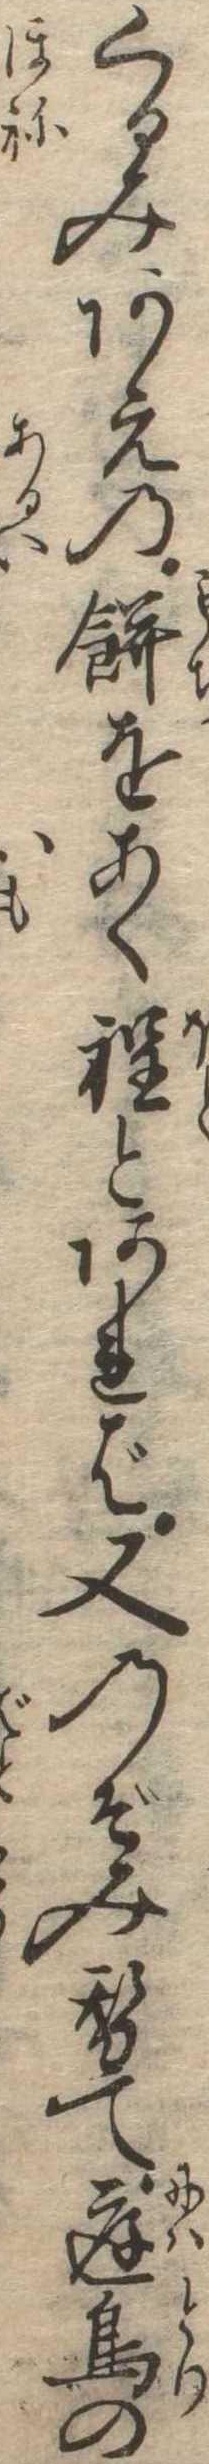
くるみあえの餅をあく程とあれば又のぞみ替て庭鳥の